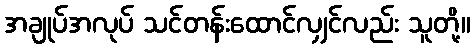
အချုပ်အလုပ် သင်တန်းထောင်လျှင်လည်း သူတို့။